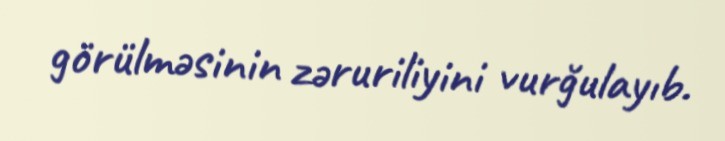
görülməsinin zəruriliyini vurğulayıb.